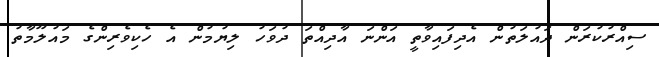
ސިއްރުކުރަން ދައުލަތުން އެދިފައިވާތީ އަންނަ އާދިއްތަ ދުވަހު ލިޔުމުން އެ ހެކިވެރިންގެ މައުލޫމާތު